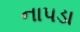
નાપડા